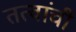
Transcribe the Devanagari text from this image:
तत्वांची